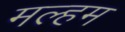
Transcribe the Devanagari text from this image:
मल्हम